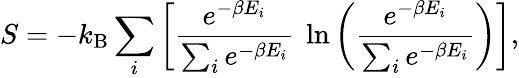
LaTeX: S=-k_{\mathrm{B}}\sum_{i}\left[\frac{e^{-\beta E_{i}}}{\sum_{i}e^{-\beta E_{i}}}~\ln{\left(\frac{e^{-\beta E_{i}}}{\sum_{i}e^{-\beta E_{i}}}\right)}\right],